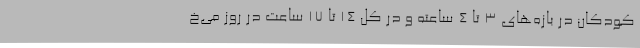
کودکان در بازه‌های ۳ تا ۴ ساعته و در کل ۱۴ تا ۱۷ ساعت در روز می‌خ